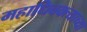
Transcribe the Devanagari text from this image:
महाधिवक्त्याच्या